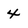
Character: 4